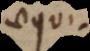
aequi